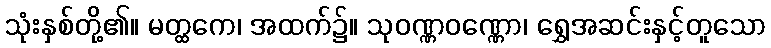
သုံးနှစ်တို့၏။ မတ္ထကေ၊ အထက်၌။ သုဝဏ္ဏဝဏ္ဏော၊ ရွှေအဆင်းနှင့်တူသော